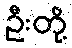
ဦးတို့